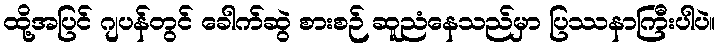
ထို့အပြင် ဂျပန်တွင် ခေါက်ဆွဲ စားစဉ် ဆူညံနေသည်မှာ ပြဿနာကြီးပါပဲ။